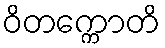
ဝိတက္ကောတိ